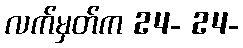
လက်မှတ်က 24- 24-